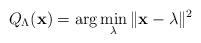
LaTeX: \begin{align*}Q_\Lambda(\mathbf{x})=\arg\min_\mathbf{\lambda}\| \mathbf{x}-\mathbf{\lambda}\|^2\end{align*}